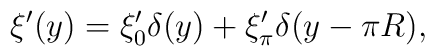
\xi'(y) = \xi'_0 \delta (y) + \xi'_\pi \delta (y-\pi R),